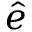
\hat { e }